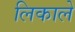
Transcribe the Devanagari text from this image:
लिकाले